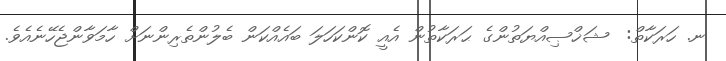
ނ. ހަރަކާތް:  ޝަޚްޞިއްޔަތުންގެ ޙަރަކާތުން އެއީ ކޮންކަހަލަ ބައެއްކަން ބެލުންތެރިންނަށް ހާމަވާންޖެހޭނެއެވެ.